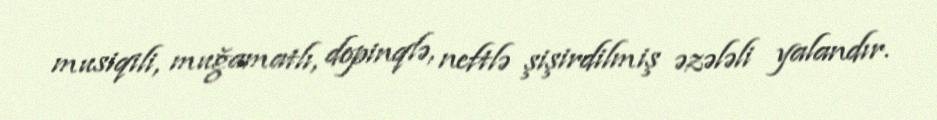
musiqili, muğamatlı, dopinqlə, neftlə şişirdilmiş əzələli yalandır.